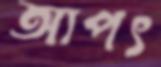
আপৎ